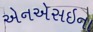
એનએસઇના